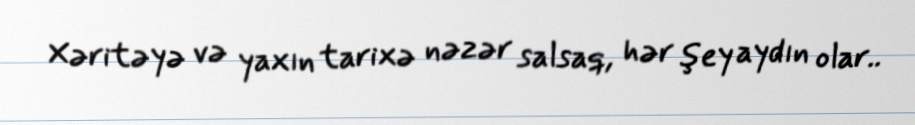
Xəritəyə və yaxın tarixə nəzər salsaq, hər şey aydın olar..